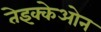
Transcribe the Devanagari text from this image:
तेइक्केओन